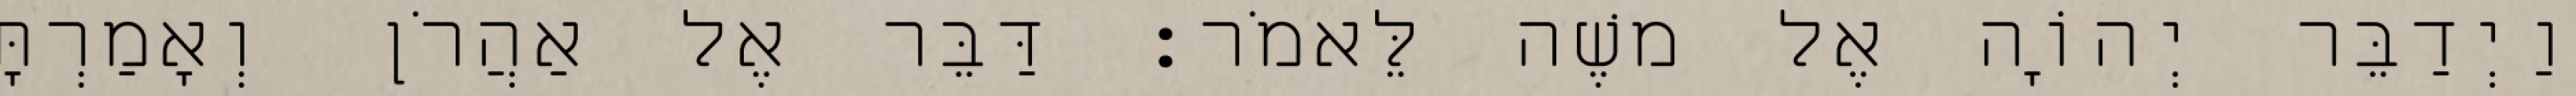
וַיְדַבֵּר יְהוָֹה אֶל משֶׁה לֵּאמֹר׃ דַּבֵּר אֶל אַהֲרֹן וְאָמַרְתָּ